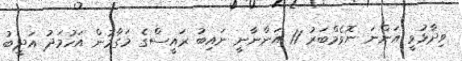
ވިދާޅުވީ އަންނަ ނޮވެމްބަރު 11 އަންނާނީ ނައިބު ރައީސްގެ މަގާމުން އަހުމަދު އަދީބު